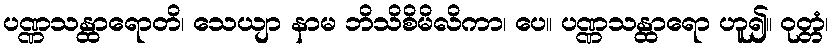
ပဏ္ဏသန္ထာရောတိ၊ သေယျာ နာမ ဘိသိစိမိလိကာ၊ ပေ။ ပဏ္ဏသန္ထာရော ဟူ၍။ ဝုတ္တံ၊